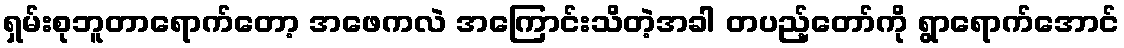
ရှမ်းစုဘူတာရောက်တော့ အဖေကလဲ အကြောင်းသိတဲ့အခါ တပည့်တော်ကို ရွာရောက်အောင်